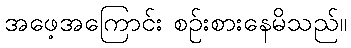
အဖေ့အကြောင်း စဉ်းစားနေမိသည်။